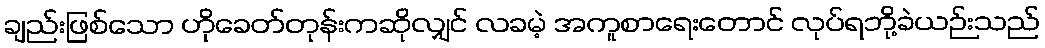
ချည်းဖြစ်သော ဟိုခေတ်တုန်းကဆိုလျှင် လခမဲ့ အကူစာရေးတောင် လုပ်ရဘို့ခဲယဉ်းသည်